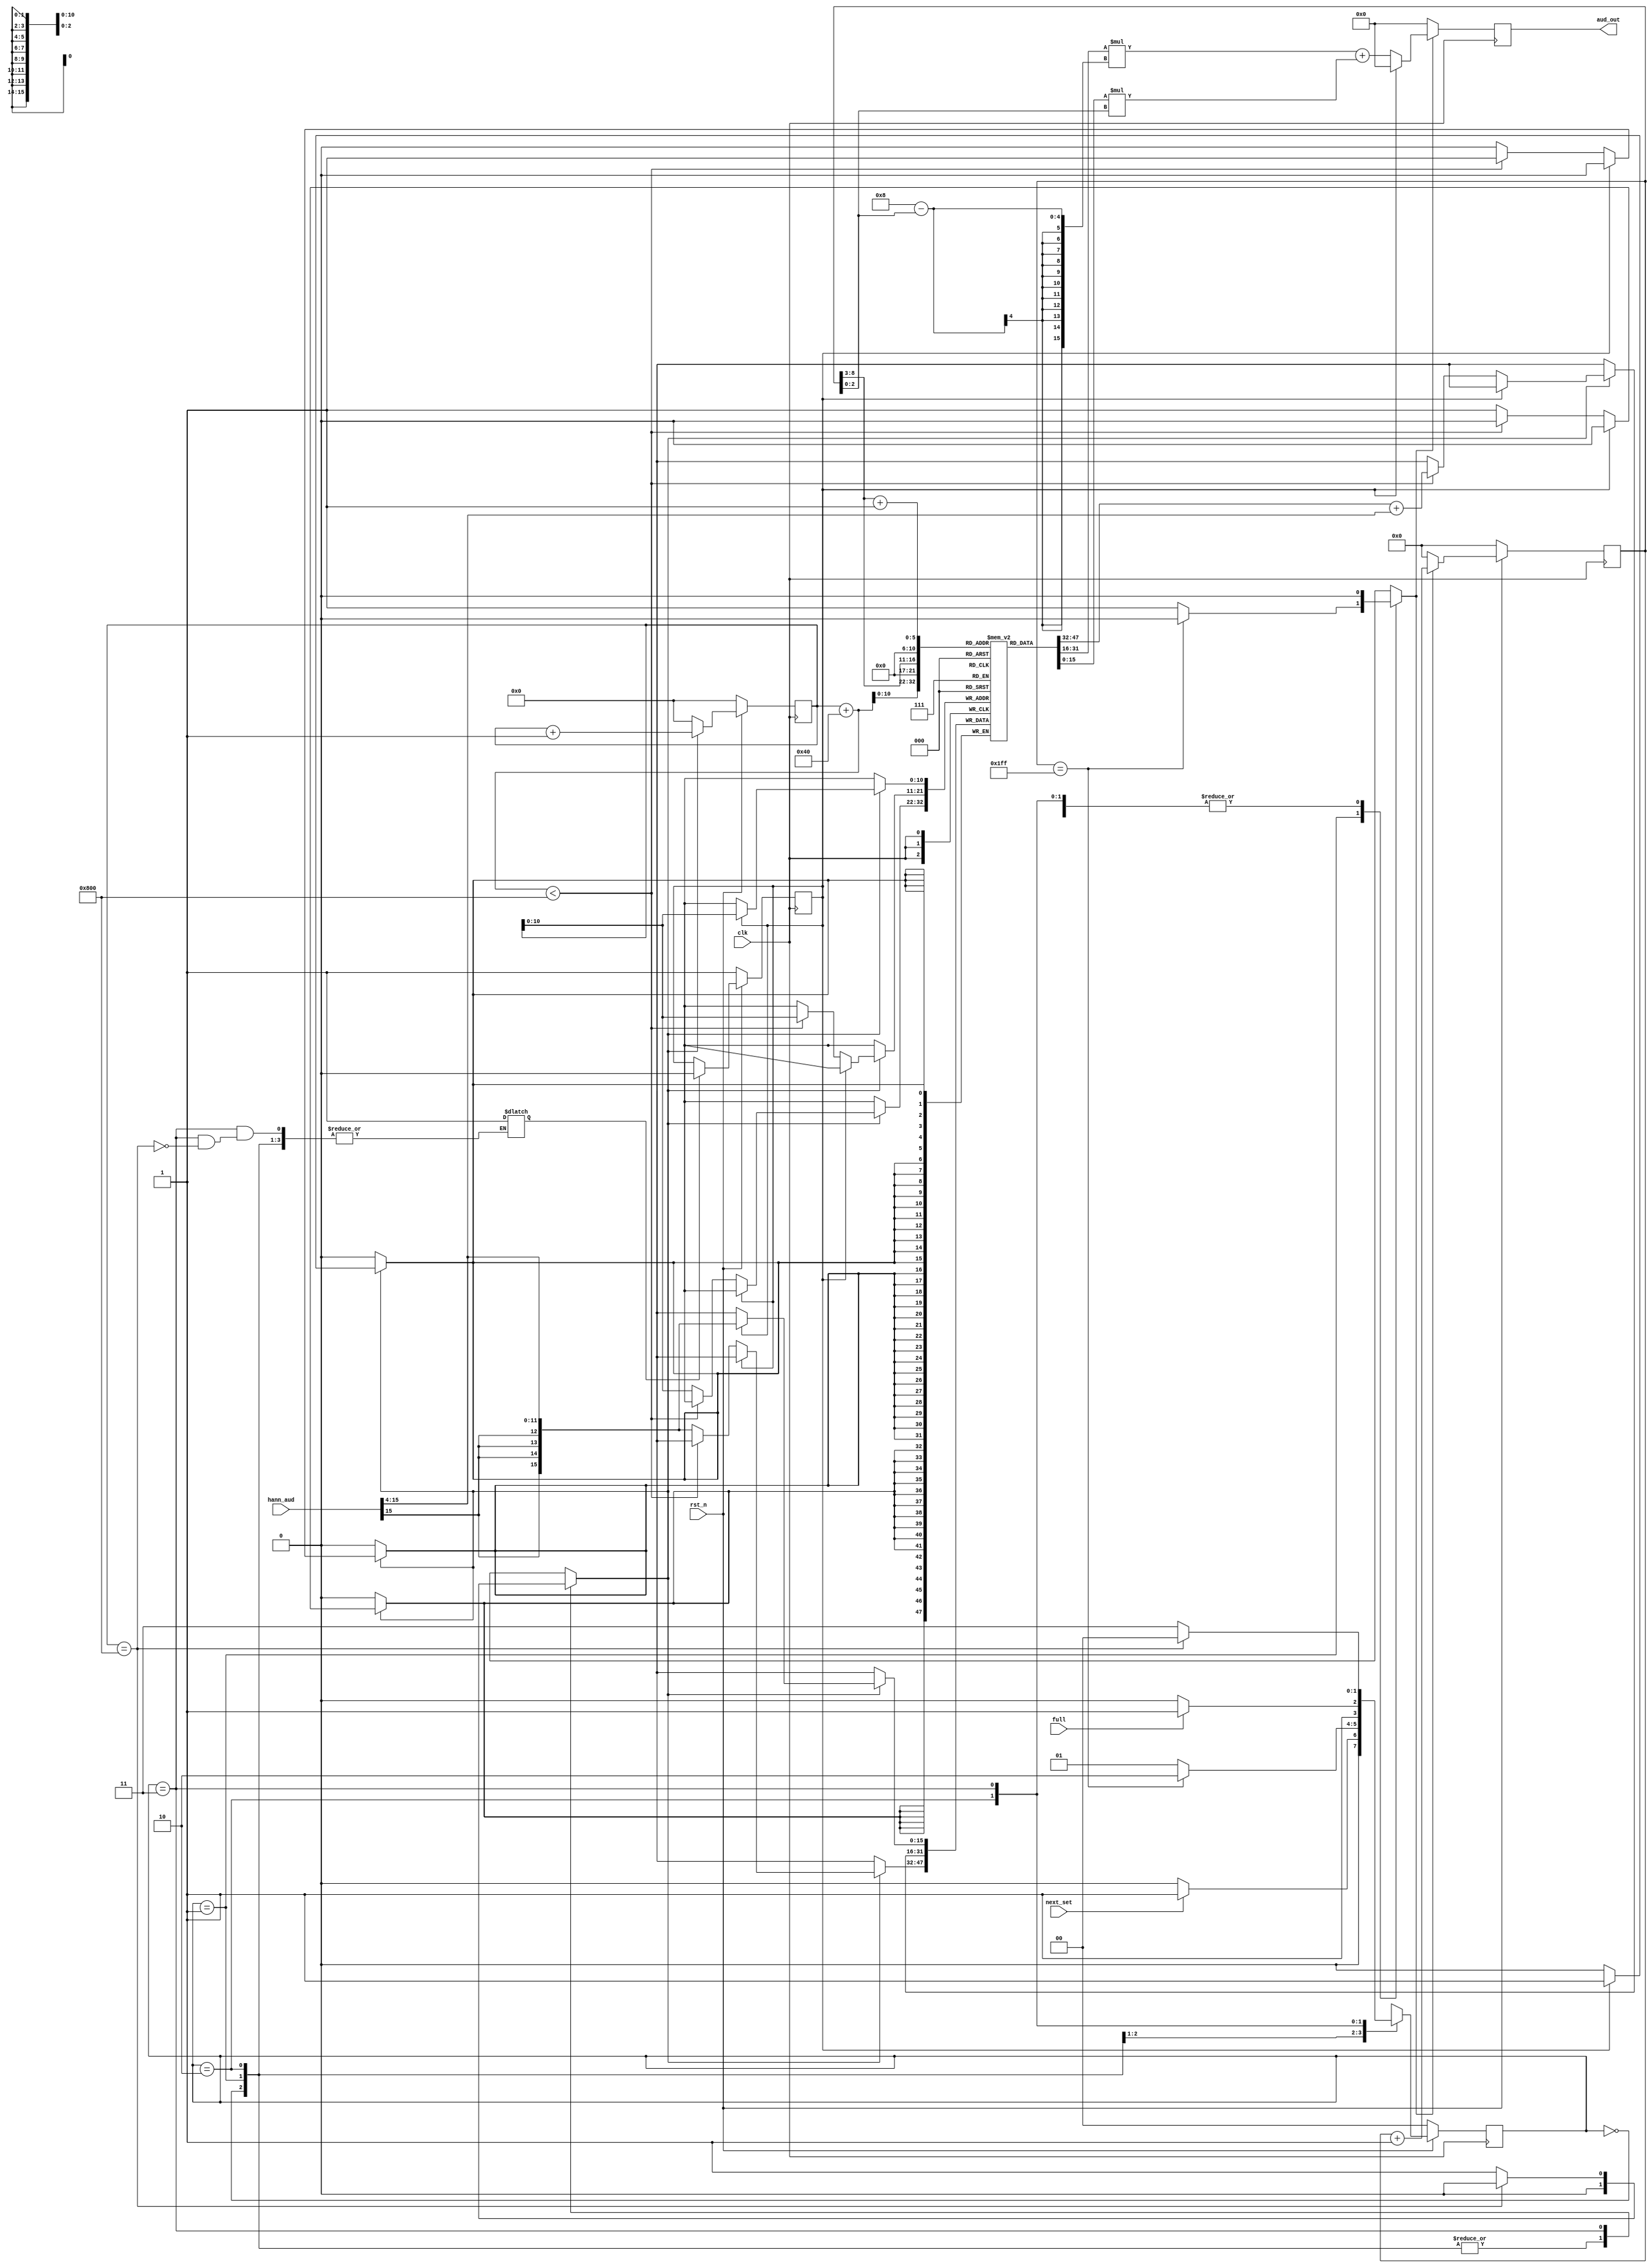
module OCT_n3 ( // Octave -3 : has H_s = 64
    input clk,
    input rst_n,
    input full, // Notify when to start shifting in windowed coeffs
    input signed [15:0] hann_aud, // Must divide this by 16 before using
    input next_set, // Tell unit(s) when to start prefetching
    output reg signed [15:0] aud_out
);

// Store current audio state buffer
reg signed [15:0] curr_cb [0:2047];

reg [11:0] buf_count = 12'd0;

reg shft_sig = 1'b0; // Decide when to fill windowed buffer
reg inc_sample = 1'b0; // Increment the current output sample index
reg set_is_undef = 1'b0; // Clear the undefined signal when buffer filled
reg is_undef = 1'b1; // Detect if buffer has been filled yet

always @(posedge clk) begin
    if (~rst_n)
        buf_count <= 12'd0;
    else if (shft_sig)
        buf_count <= buf_count + 1;
    else
        buf_count <= 12'd0;
end

always @(posedge clk) begin
    if (shft_sig) begin
        if (is_undef)
            curr_cb[buf_count] <= hann_aud >>> 4;
        else if (buf_count + 12'd64 < 12'd2048)
            curr_cb[buf_count] <= curr_cb[buf_count + 12'd64] + (hann_aud >>> 4);
        else
            curr_cb[buf_count] <= hann_aud >>> 4;
    end
end

// So... why use a flop to decide
// if memory is unassigned or not?
// I could have used extra FSM states,
// but this actually is lower area/power.
// Not the most elegant implementation though.
always @(posedge clk) begin
    if (~rst_n)
        is_undef <= 1'b1;
    else if (set_is_undef)
        is_undef <= is_undef & 1'b0;
end

reg [8:0] curr_sample = 9'd0;

always @(posedge clk) begin
    if (~rst_n)
        curr_sample <= 9'd0;
    else if (inc_sample)
        curr_sample <= curr_sample + 9'd1;
    else
        curr_sample <= 9'd0;
end

always @(posedge clk) begin
    if (inc_sample) begin
        if (is_undef)
            aud_out <= 16'h0000;
        else
            aud_out <= curr_cb[curr_sample[8:3]] * (4'h8 - curr_sample[2:0]) +
                                curr_cb[curr_sample[8:3] + 6'd1] * curr_sample[2:0];
    end else
        aud_out <= 16'h0000;
end

localparam INIT = 2'b00;
localparam PFTC = 2'b01;
localparam IDLE = 2'b10;
localparam SHFT = 2'b11;

reg [1:0] state = INIT;
reg [1:0] nxt_state = INIT;

// STFT state machine
always @(posedge clk) begin
    if (~rst_n)
        state <= INIT;
    else
        state <= nxt_state;
end

// FSM implementation
always @(*) begin
    shft_sig = 1'b0;
    inc_sample = 1'b0;
    nxt_state = INIT;
    
    case (state)
        // Wait until CB is ready
        INIT : begin
            if (next_set) begin
                nxt_state = PFTC;
            end else begin
                nxt_state = INIT;
            end
        end
        // Precompute signal output
        PFTC : begin
            if (curr_sample == 9'd511) begin
                nxt_state = IDLE;
            end else begin
                nxt_state = PFTC;
                inc_sample = 1'b1;
            end
        end
        // Wait for CB to become ready
        IDLE : begin
            if (full) begin
                nxt_state = SHFT;
            end else begin
                nxt_state = IDLE;
            end
        end
        // Keep shifting in entire buffer
        SHFT : begin
            if (buf_count == 12'd2048) begin
                set_is_undef = 1'b1;
                nxt_state = INIT;
            end else begin
                shft_sig = 1'b1;
                nxt_state = SHFT;
            end
        end
    endcase
end

endmodule